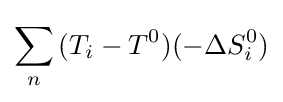
\sum _{n}^{}{(T_{i}-T^{0})(-\Delta S_{i}^{0})}